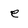
Character: e